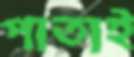
পাতাই